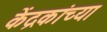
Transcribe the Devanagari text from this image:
केंद्रकांच्या